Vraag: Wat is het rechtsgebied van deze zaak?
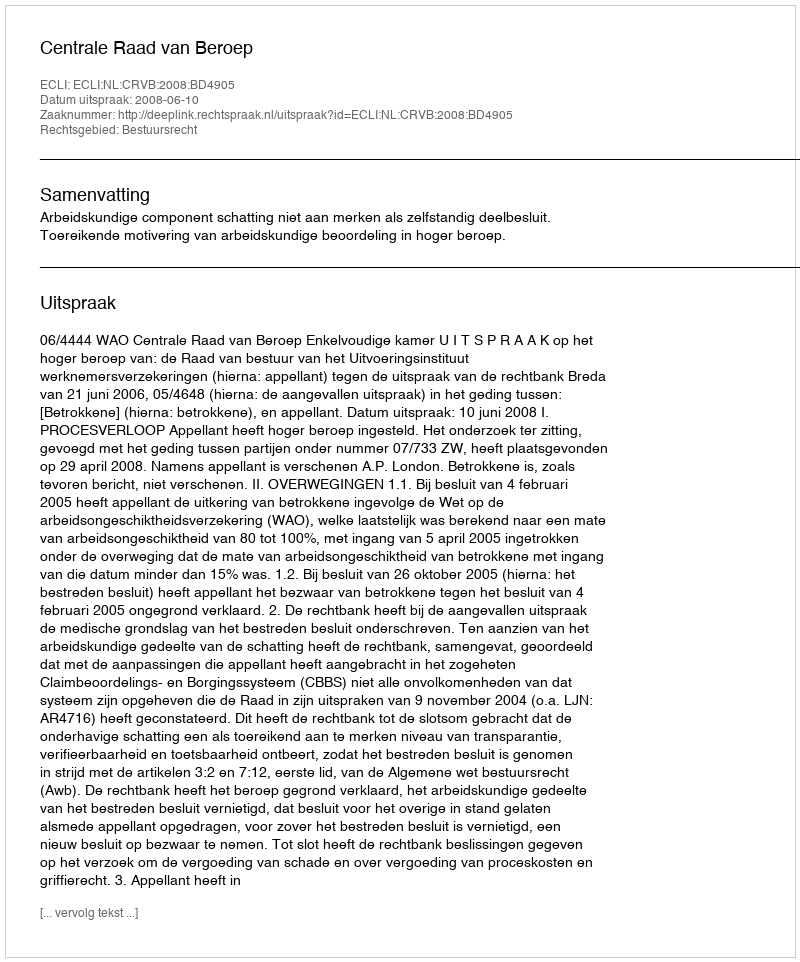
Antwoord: Bestuursrecht